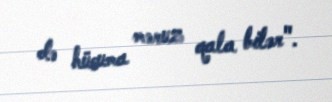
də hücuma məruz qala bilər".